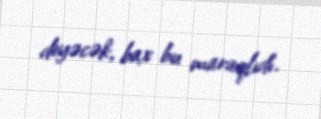
deyəcək, bax bu maraqlıdı.